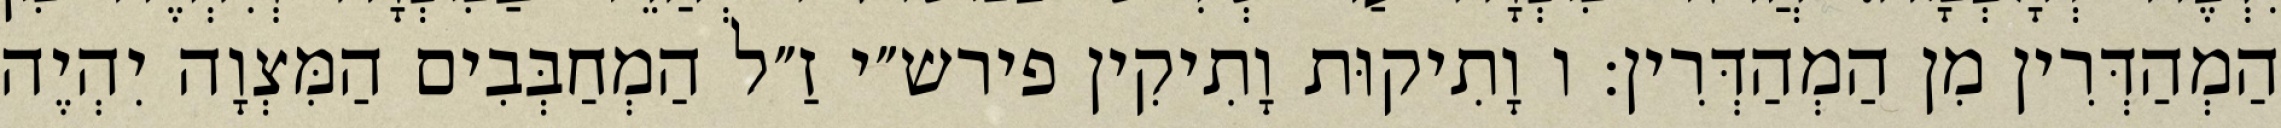
הַמְהַדְּרִין מִן הַמְהַדְּרִין: ו וָתִיקוּת וָתִיקִין פירש״י זַ״ל הַמְחַבְּבִים הַמִּצְוָה יִהְיֶה